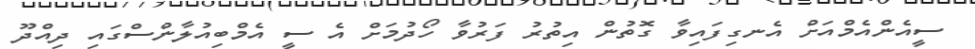
ސީއެންއެމްއަށް އެނގިފައިވާ ގޮތުން އިތުރު ފަރުވާ ހޯދުމަށް އެ ސީ އެމްބިއުލާންސްގައި ދިއްދޫ